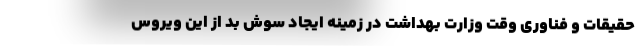
حقیقات و فناوری وقت وزارت بهداشت در زمینه ایجاد سوش بد از این ویروس